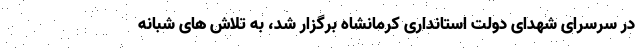
در سرسرای شهدای دولت استانداری کرمانشاه برگزار شد، به تلاش های شبانه